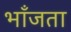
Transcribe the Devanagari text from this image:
भाँजता